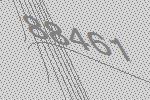
88461